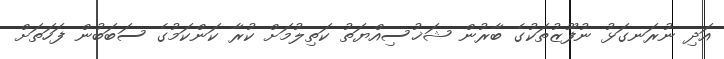
އަދި ނުރަނގަޅު ނުފޫޒުތަކުގެ ބާރުން ޝަޚުސިއްޔަތު ކަތިލުމަށް ކުރާ ކަންކަމުގެ ސަބަބުން ފަހަތަށް